Report on vaccination in Madras 1895-1903 - 1895-1903
Year: 1895
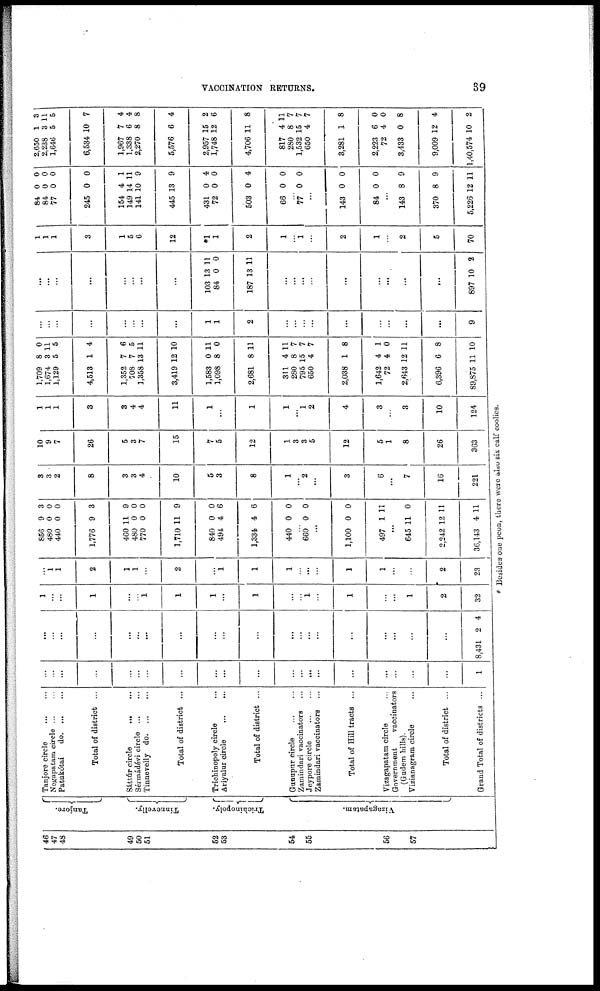
VACCINATION RETURNS.
39
46
47
48
49
50
51
52
53
54
55
56
57
Tanjore.
Tinnevelly.
Trichinopoly.
Vizagapatam.
Tanjore circle
...
...
Negapatam circle ... ...
Patukótai
do
...
...
Total of district ...
Sáttúr circle
...
...
Sérmádévi circle ... ...
Tinnevelly do
...
...
Total of district ...
Trichinopoly circle ...
Ariyalur circle
...
...
Total of district ...
Gunupur circle
...
...
Zamindari vaccinators ...
Jeypore circle ... ...
Zamindari vaccinators ...
Total of Hill tracts ...
Vizagapatam circle ...
Government
vaccinators
(Gudem hills).
Vizianagram circle ...
Total of district ...
Grand Total of districts ...
...
...
...
...
...
...
...
...
...
...
...
...
...
...
...
...
...
...
...
...
1
...
...
...
...
...
...
...
...
...
...
...
...
...
...
...
...
...
...
...
...
8,431 2 4
1
...
...
1
...
...
1
1
1
...
1
...
...
1
...
1
...
...
1
2
32
... 1
1
2
1
1
...
2
...
1
1
1
...
...
...
1
1
...
...
2
23
856
480
440
1,776
460
480
770
1,710
840
494
1,334
440
...
660
...
1,100
497
...
645
2,242 12
36,143
9
0
0
9
11
0
0
11
0
4
4
0
...
0
...
0
1
...
11
11
4
3
0
0
3
9
0
0
9
0
6
6
0
...
0
...
0
11
...
...
...
11
3
3
2
8
3
3
4
10
5
3
8
1
... 2
...
3
6
...
7
16
221
10
9
7
26
5
3
7
15
7
5
12
1
3
3
5
12
5
1
8
26
363
1
1
1
3
3
4
4
11
1
...
1
1
... 1
2
4
3
...
3
10
124
1,709
1,674
1,129
4,513
1,352
708
1,358
3,419
1,583
1,098
2,681
311
280
795
650
2,038
1,642
72
2,643
6,396
89,875
8
3
5
1
7
7
13
12
0
8
8
4
8
15
4
1
4
4
2
6
11
0
11
5
4
6
5
11
10
11
0
11
11
7
7
7
8
1
0
11
8
10
...
...
...
...
...
...
...
...
1
1
2
...
...
...
...
...
...
...
...
...
9
...
...
...
...
...
...
...
...
103
84
187
13
0
13
11
0
11
...
...
...
...
...
...
...
...
...
897 10 2
1
1
1
3
1
5
6
12
*1
1
2
1
... 1
...
2
1
...
2
5
70
84
84
77
245
154
149
141
445
431
72
503
66
...
77
...
143
84 0
...
143
370
5,226
0
0
0
0
4
14
10
13
0
0
0
0
...
0
...
0
...
...
8
8
12
0
0
0
0
1
11
9
9
4
0
4
0
...
0
...
0
0
...
9
9
11
2 650
2,238
1,646
6,534
1,967
1,338
2,270
5,576
2,957
1,748
4,706
817
280
1,532
650
3,281
2,223
72
3,433
9,009
1,40,574
1
3
5
10
7
6
8
6
15
12
11
4
8
15
4
1
6
4
0
12
10
3
11
5
7
4
4
8
4
2
6
8
11
7
7
7
8
0
0
8
4
2
* Besides one peon, there were also six calf coolies.